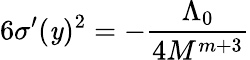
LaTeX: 6\sigma^{\prime}(\mathit{y})^{2}=-\frac{{\Lambda_{0}}}{{4M^{m+3}}}